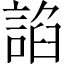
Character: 諂